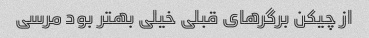
از چیکن برگرهای قبلی خیلی بهتر بود مرسی